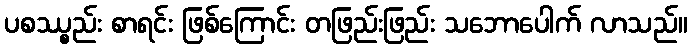
ပစဿ္စည်း စာရင်း ဖြစ်ကြောင်း တဖြည်းဖြည်း သဘောပေါက် လာသည်။